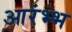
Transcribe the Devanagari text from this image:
आरंभ्भ